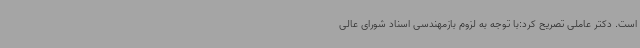
است. دکتر عاملی تصریح کرد:با توجه به لزوم بازمهندسی اسناد شورای عالی